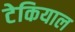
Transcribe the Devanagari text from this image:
टेकियाल